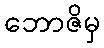
ဘောဇိမှ